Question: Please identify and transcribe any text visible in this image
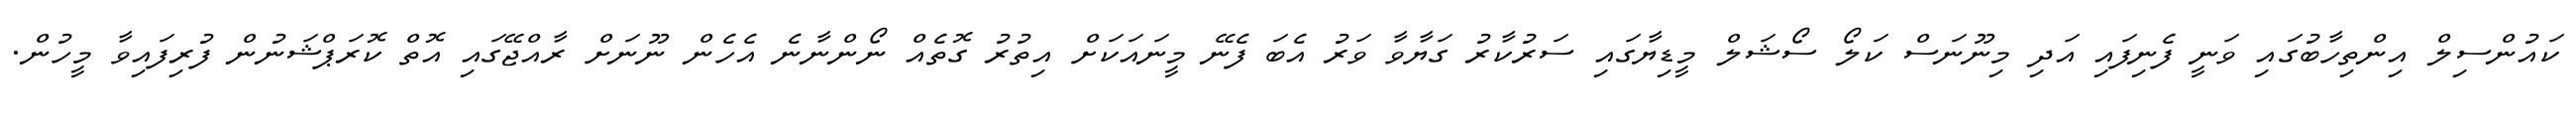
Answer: ކައުންސިލް އިންތިހާބުގައި ވަނީ ފެނިފައި އަދި މިނޫނަސް ކަލޯ ސޯޝަލް މީޑިޔާގައި ސަރުކާރު ގަޔާވާ ވަރު އެބަ ފެނޭ މީނައަކަށް އިތުރު ގޮތެއް ނޯންނާނެ އެހެން ނޫނަށް ރާއްޖޭގައި އޮތް ކޮރަޕްޝަނުން ފުރިފައިވާ މީހުން.